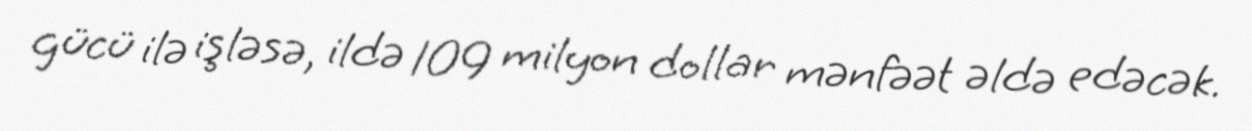
gücü ilə işləsə, ildə 109 milyon dollar mənfəət əldə edəcək.